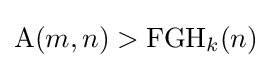
\operatorname {A} (m,n)>\operatorname {FGH} _{k}(n)